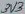
Text: 3V3